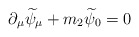
\begin{align*}\partial _\mu \widetilde{\psi }_\mu +m_2\widetilde{\psi }_0=0\end{align*}